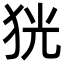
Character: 㹰